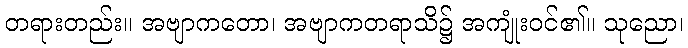
တရားတည်း။ အဗျာကတော၊ အဗျာကတရာသိ၌ အကျုံးဝင်၏။ သုညော၊